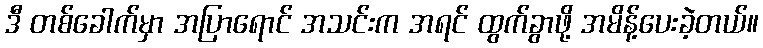
ဒီ တစ်ခေါက်မှာ အပြာရောင် အသင်းက အရင် ထွက်ခွာဖို့ အမိန့်ပေးခဲ့တယ်။